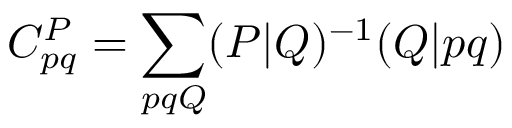
C _ { p q } ^ { P } = \sum _ { p q Q } ( P | Q ) ^ { - 1 } ( Q | p q )